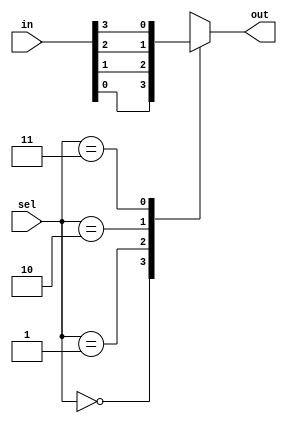
// This code is made with Claude

// 4-to-1  
module mux_4to1 (
    input [3:0] in,    // 4  
    input [1:0] sel,   // 2  
    output reg out     //  
);

//      
always @(*) begin
    case (sel)
        2'b00: out = in[0];  //   00  in[0] 
        2'b01: out = in[1];  //   01  in[1] 
        2'b10: out = in[2];  //   10  in[2] 
        2'b11: out = in[3];  //   11  in[3] 
        default: out = 1'b0; //     0
    endcase
end

endmodule